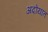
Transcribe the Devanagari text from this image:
अदोयात